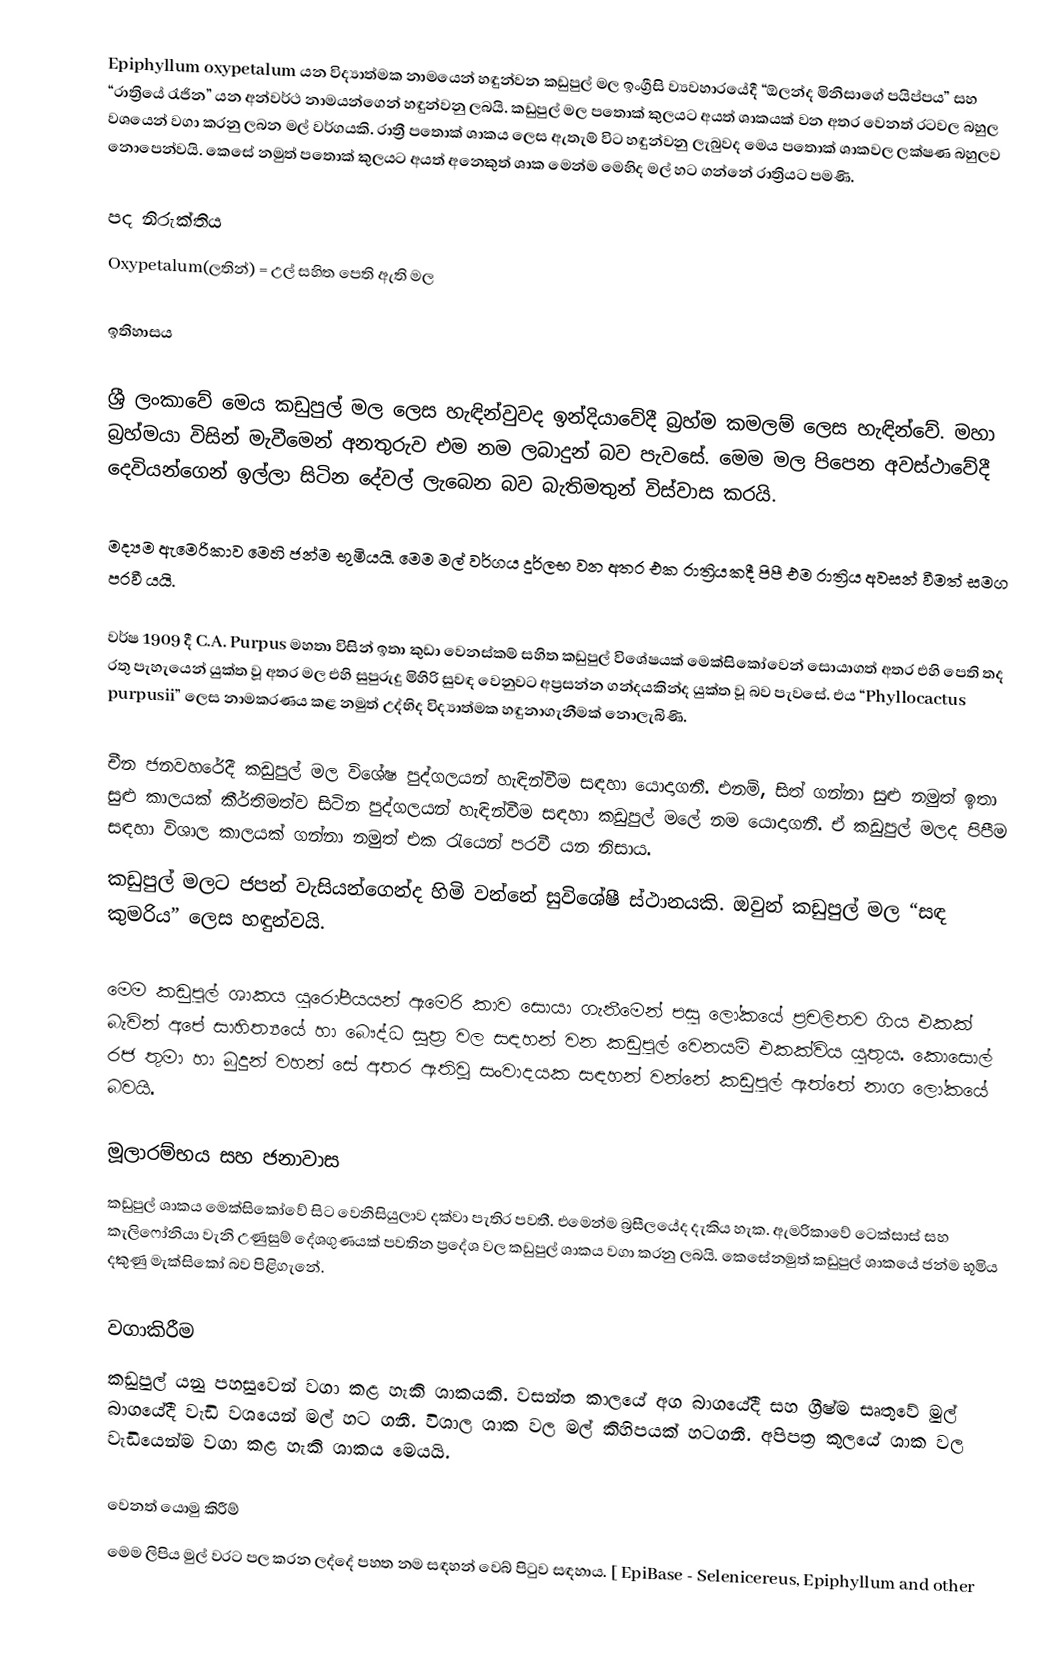
Epiphyllum oxypetalum යන විද්‍යාත්මක නාමයෙන් හඳුන්වන කඩුපුල් මල ඉංග්‍රීසි ව්‍යවහාරයේදී “ඕලන්ද මිනිසාගේ පයිප්පය” සහ “රාත්‍රියේ රැජින” යන අන්වර්ථ නාමයන්ගෙන් හඳුන්වනු ලබයි. කඩුපුල් මල පතොක් කුලයට අයත් ශාකයක් වන අතර වෙනත් රටවල බහුල වශයෙන් වගා කරනු ලබන මල් වර්ගයකි. රාත්‍රී පතොක් ශාකය ලෙස ඇතැම් විට හඳුන්වනු ලැබුවද මෙය පතොක් ශාකවල ලක්ෂණ බහුලව නොපෙන්වයි. කෙසේ නමුත් පතොක් කුලයට අයත් අනෙකුත් ශාක මෙන්ම මෙහිද මල් හට ගන්නේ රාත්‍රියට පමණි.

පද නිරුක්තිය
Oxypetalum(ලතින්) = උල් සහිත පෙති ඇති මල

ඉතිහාසය

ශ්‍රී ලංකාවේ මෙය කඩුපුල් මල ලෙස හැඳින්වුවද ඉන්දියාවේදී බ්‍රහ්ම කමලම් ලෙස හැඳින්වේ. මහා බ්‍රහ්මයා විසින් මැවීමෙන් අනතුරුව එම නම ලබාදුන් බව පැවසේ. මෙම මල පිපෙන අවස්ථාවේදී දෙවියන්ගෙන් ඉල්ලා සිටින දේවල් ලැබෙන බව බැතිමතුන් විස්වාස කරයි. 

මද්‍යම  ඇමෙරිකාව මෙහි ජන්ම භුමියයි. මෙම මල් වර්ගය  දුර්ලභ වන අතර එක රාත්‍රියකදී පිපී එම රාත්‍රිය අවසන් වීමත් සමග පරවී යයි.

වර්ෂ 1909 දී C.A. Purpus මහතා විසින් ඉතා කුඩා වෙනස්කම් සහිත කඩුපුල් විශේෂයක් මෙක්සිකෝවෙන් සොයාගත් අතර එහි පෙති තද රතු පැහැයෙන් යුක්ත වූ අතර මල එහි සුපුරුදු මිහිරි සුවඳ වෙනුවට අප්‍රසන්න ගන්දයකින්ද යුක්ත වූ බව පැවසේ. එය “Phyllocactus purpusii” ලෙස නාමකරණය කළ නමුත් උද්භිද විද්‍යාත්මක හඳුනාගැනීමක් නොලැබිණි.

චීන ජනවහරේදී කඩුපුල් මල විශේෂ පුද්ගලයන් හැඳින්වීම සඳහා යොදාගනී. එනම්, සිත් ගන්නා සුළු නමුත් ඉතා සුළු කාලයක් කීර්තිමත්ව සිටින පුද්ගලයන් හැඳින්වීම සඳහා කඩුපුල් මලේ නම යොදාගනී. ඒ කඩුපුල් මලද පිපීම සඳහා විශාල කාලයක් ගන්නා නමුත් එක රැයෙන් පරවී යන නිසාය.
කඩුපුල් මලට ජපන් වැසියන්ගෙන්ද හිමි වන්නේ සුවිශේෂී ස්ථානයකි. ඔවුන් කඩුපුල් මල “සඳ කුමරිය” ලෙස හඳුන්වයි.

මෙම කඩුපුල් ශාකය​  යුරෝපීයයන් ඇමෙරි කාව සොයා ගැනීමෙන් පසු ලෝකයේ ප්‍රචලිතව ගිය එකක් බැවින් අපේ සාහිත්‍යයේ  හා බෞද්ධ සූත්‍ර වල සඳහන් වන කඩුපුල් වෙනයම් එකක්විය යුතුය​. කොසොල් රජ තුමා හා බුදුන් වහන් සේ අතර ඇතිවූ සංවාදයක සඳහන් වන්නේ කඩුපුල් ඇත්තේ නාග ලෝකයේ බවයි.

මූලාරම්භය සහ ජනාවාස
කඩුපුල් ශාකය මෙක්සිකෝවේ සිට වෙනිසියුලාව දක්වා පැතිර පවතී. එමෙන්ම බ්‍රසීලයේද දැකිය හැක. ඇමරිකාවේ ටෙක්සාස් සහ කැලිෆෝනියා වැනි උණුසුම් දේශගුණයක් පවතින ප්‍රදේශ වල කඩුපුල් ශාකය වගා කරනු ලබයි. කෙසේනමුත් කඩුපුල් ශාකයේ ජන්ම භූමිය   දකුණු මැක්සිකෝ බව පිළිගැනේ.

වගාකිරීම
කඩුපුල් යනු පහසුවෙන් වගා කළ හැකි ශාකයකි.  වසන්ත කාලයේ අග බාගයේදී සහ ග්‍රීෂ්ම සෘතුවේ මුල් බාගයේදී වැඩි වශයෙන් මල් හට ගනී. විශාල ශාක වල මල් කිහිපයක් හටගනී. අපිපත්‍ර කුලයේ ශාක වල වැඩියෙන්ම වගා කළ හැකි ශාකය මෙයයි.

වෙනත් යොමු කිරීම්
 මෙම ලිපිය මුල් වරට පල කරන ලද්දේ පහත නම සඳහන් වෙබ් පිටුව සඳහාය. [ EpiBase - Selenicereus, Epiphyllum and other